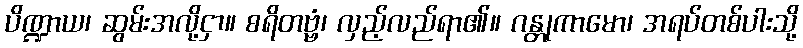
ပိဏ္ဍာယ၊ ဆွမ်းအလို့ငှာ။ စရိတဗ္ဗံ၊ လှည့်လည်ရာ၏။ ဂန္တုကာမော၊ အရပ်တစ်ပါးသို့